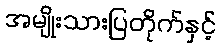
အမျိုးသားပြတိုက်နှင့်